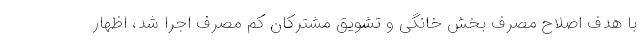
با هدف اصلاح مصرف بخش خانگی و تشویق مشترکان کم مصرف اجرا شد، اظهار